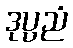
ဒုပ္ပညံ